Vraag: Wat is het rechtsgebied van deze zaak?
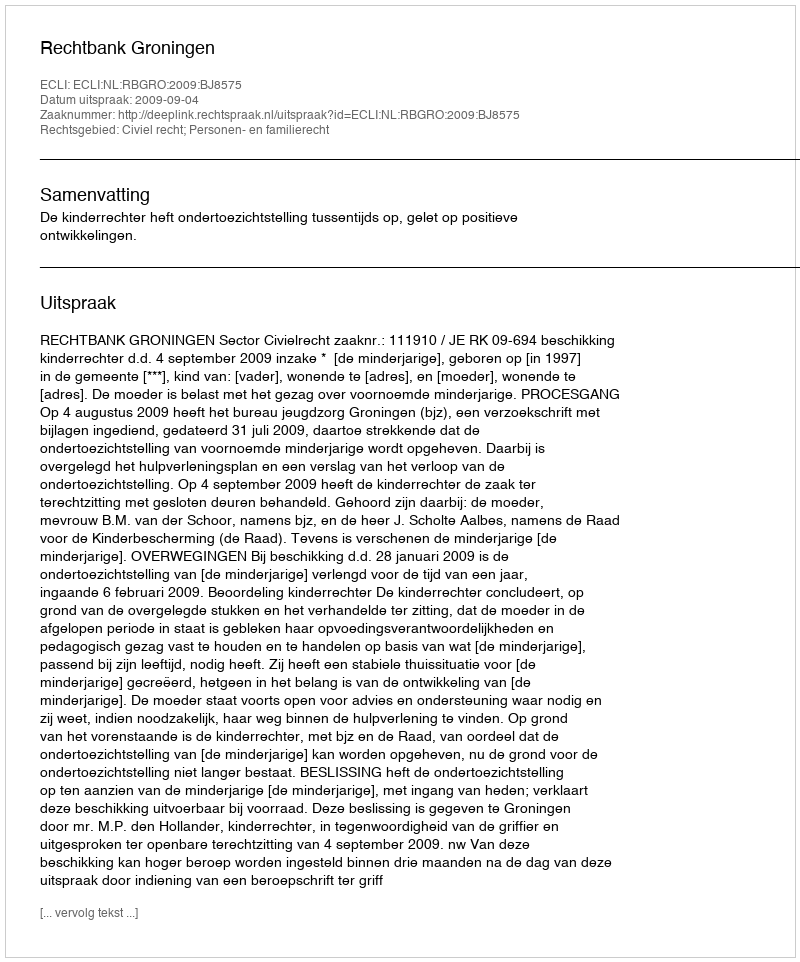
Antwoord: Civiel recht; Personen- en familierecht